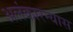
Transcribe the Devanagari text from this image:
अलंकारन्यास